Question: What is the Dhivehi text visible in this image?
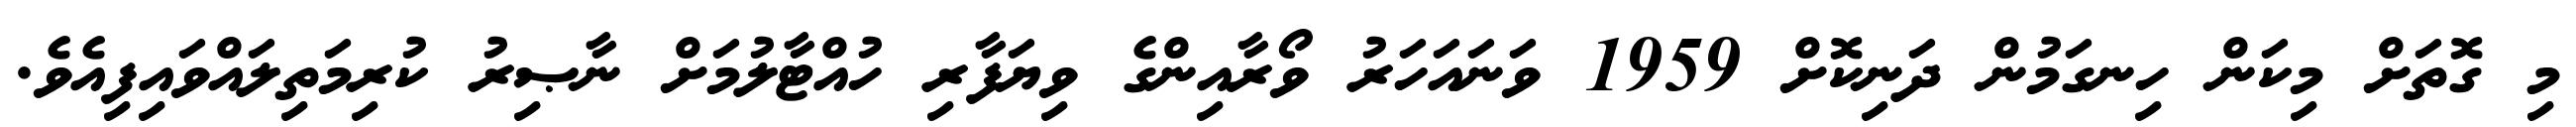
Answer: މި ގޮތަށް މިކަން ހިނގަމުން ދަނިކޮށް 1959 ވަނައަހަރު ވޯރާއިންގެ ވިޔަފާރި ހުއްޓާލުމަށް ނާޞިރު ކުރިމަތިލައްވައިފިއެވެ.